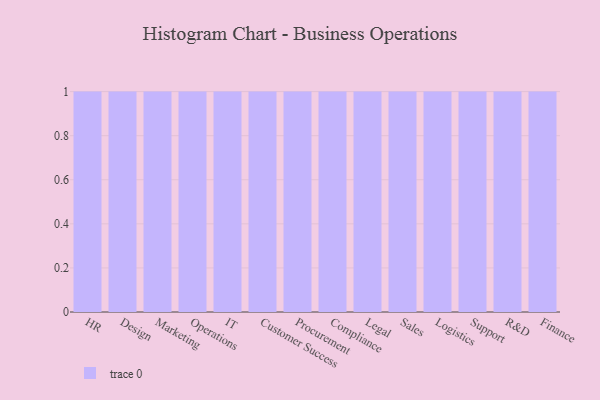
{"axis": {"x": "Department", "y": "Humidity (%)"}, "legend": [""], "data": [{"x": "HR", "y": 91, "type": ""}, {"x": "Design", "y": 84, "type": ""}, {"x": "Marketing", "y": 28, "type": ""}, {"x": "Operations", "y": 35, "type": ""}, {"x": "IT", "y": 49, "type": ""}, {"x": "Customer Success", "y": 70, "type": ""}, {"x": "Procurement", "y": 25, "type": ""}, {"x": "Compliance", "y": 20, "type": ""}, {"x": "Legal", "y": 71, "type": ""}, {"x": "Sales", "y": 57, "type": ""}, {"x": "Logistics", "y": 29, "type": ""}, {"x": "Support", "y": 21, "type": ""}, {"x": "R&D", "y": 16, "type": ""}, {"x": "Finance", "y": 96, "type": ""}]}